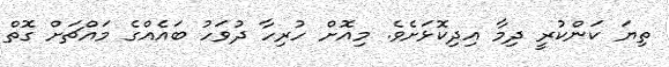
ތިޔަ ކަންކުރީ ދިމާ އިދިކޮޅަށެވެ. މިއޮށް ހުރިހާ ދުވަހު ބައެއްގެ މައްޗަށް ގޮތް